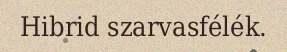
Hibrid szarvasfélék.